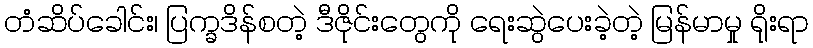
တံဆိပ်ခေါင်း၊ ပြက္ခဒိန်စတဲ့ ဒီဇိုင်းတွေကို ရေးဆွဲပေးခဲ့တဲ့ မြန်မာမှု ရိုးရာ